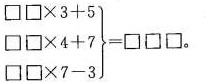
$$\left .